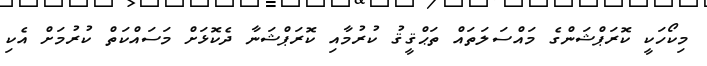
މިކޯހަކީ ކޮރަޕްޝަންގެ މައްސަލަތައް ތަޙްޤީޤު ކުރުމާއި ކޮރަޕްޝަނާ ދެކޮޅަށް މަސައްކަތް ކުރުމަށް އެކި